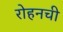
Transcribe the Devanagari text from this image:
रोहनची